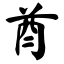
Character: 酋